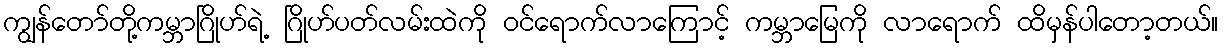
ကျွန်တော်တို့ကမ္ဘာဂြိုဟ်ရဲ့ ဂြိုဟ်ပတ်လမ်းထဲကို ဝင်ရောက်လာကြောင့် ကမ္ဘာမြေကို လာရောက် ထိမှန်ပါတော့တယ်။